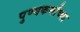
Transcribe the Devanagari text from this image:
पुण्यकर्मांच्या